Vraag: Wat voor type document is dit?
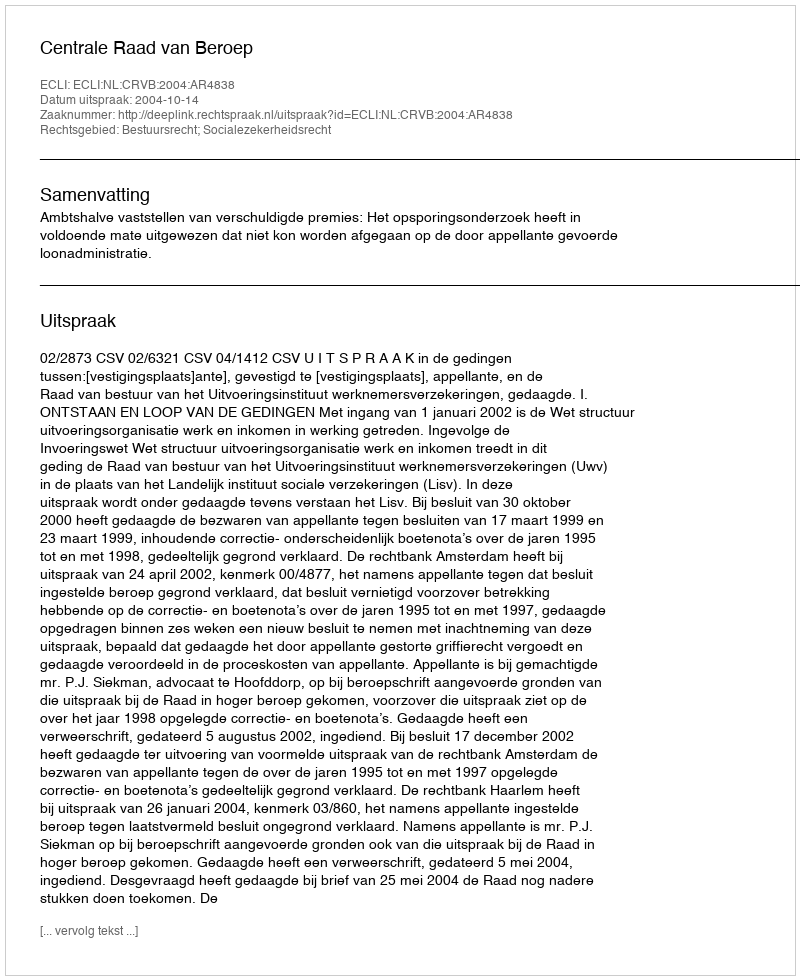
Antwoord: Uitspraak